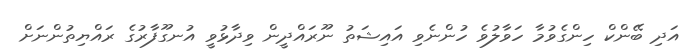
އަދި ބޭންކް ހިންގެވުމާ ހަވާލުވެ ހުންނެވި އައިޝަތު ނޫރައްދީން ވިދާޅުވީ އުނގޫފާރުގެ ރައްޔިތުންނަށް